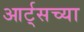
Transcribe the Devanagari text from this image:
आर्ट्‌सच्या